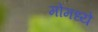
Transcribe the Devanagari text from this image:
मोमध्ये